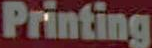
Printing